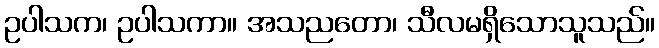
ဥပါသက၊ ဥပါသကာ။ အသညတော၊ သီလမရှိသောသူသည်။